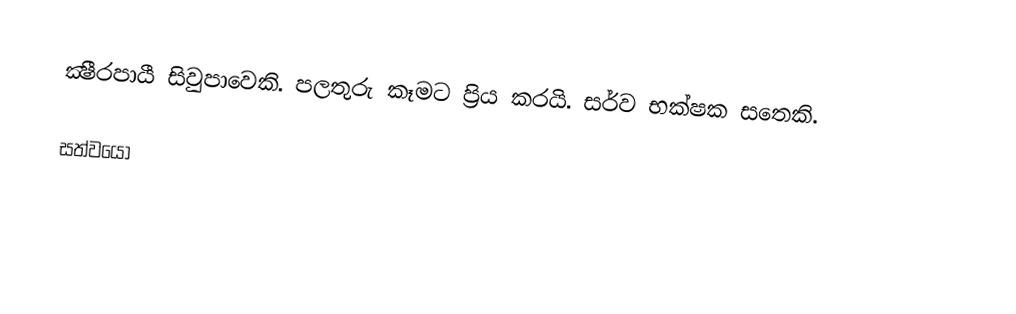
ක්‍ෂීරපායී සිවුපාවෙකි. පලතුරු කෑමට ප්‍රිය කරයි. සර්ව භක්ෂක සතෙකි.

සත්වයෝ